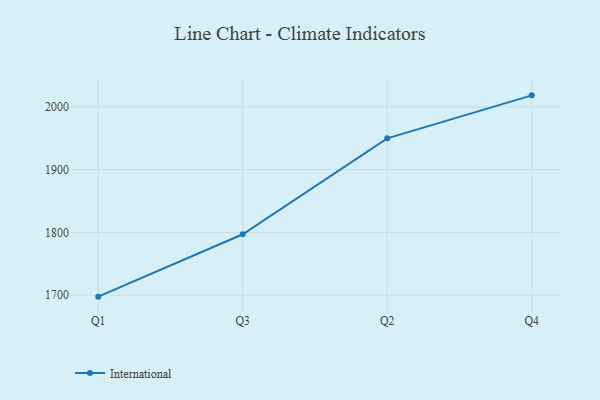
{"axis": {"x": "Quarter", "y": "Humidity (%)"}, "legend": ["International"], "data": [{"x": "Q1", "y": 1697.7, "type": "International"}, {"x": "Q3", "y": 1797.1, "type": "International"}, {"x": "Q2", "y": 1949.9, "type": "International"}, {"x": "Q4", "y": 2018.4, "type": "International"}]}